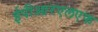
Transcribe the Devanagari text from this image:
ईपीआरएलएफ